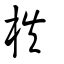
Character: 柣